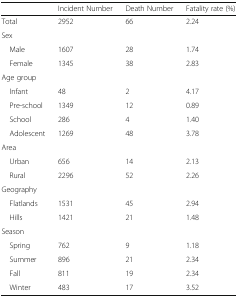
<table><thead><tr><td>[EMPTY_CELL]</td><td><b>Incident Number</b></td><td><b>Death Number</b></td><td><b>Fatality rate (%)</b></td></tr></thead><tbody><tr><td>Total</td><td>2952</td><td>66</td><td>2.24</td></tr><tr><td colspan="4">Sex</td></tr><tr><td> Male</td><td>1607</td><td>28</td><td>1.74</td></tr><tr><td> Female</td><td>1345</td><td>38</td><td>2.83</td></tr><tr><td colspan="4">Age group</td></tr><tr><td> Infant</td><td>48</td><td>2</td><td>4.17</td></tr><tr><td> Pre-school</td><td>1349</td><td>12</td><td>0.89</td></tr><tr><td> School</td><td>286</td><td>4</td><td>1.40</td></tr><tr><td> Adolescent</td><td>1269</td><td>48</td><td>3.78</td></tr><tr><td colspan="4">Area</td></tr><tr><td> Urban</td><td>656</td><td>14</td><td>2.13</td></tr><tr><td> Rural</td><td>2296</td><td>52</td><td>2.26</td></tr><tr><td colspan="4">Geography</td></tr><tr><td> Flatlands</td><td>1531</td><td>45</td><td>2.94</td></tr><tr><td> Hills</td><td>1421</td><td>21</td><td>1.48</td></tr><tr><td colspan="4">Season</td></tr><tr><td> Spring</td><td>762</td><td>9</td><td>1.18</td></tr><tr><td> Summer</td><td>896</td><td>21</td><td>2.34</td></tr><tr><td> Fall</td><td>811</td><td>19</td><td>2.34</td></tr><tr><td> Winter</td><td>483</td><td>17</td><td>3.52</td></tr></tbody></table>